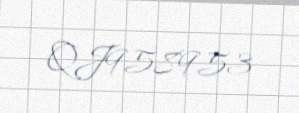
QJ958953